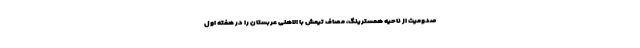
صدومیت از ناحیه همسترینگ، مصاف تیمش با الاهلی عربستان را در هفته اول